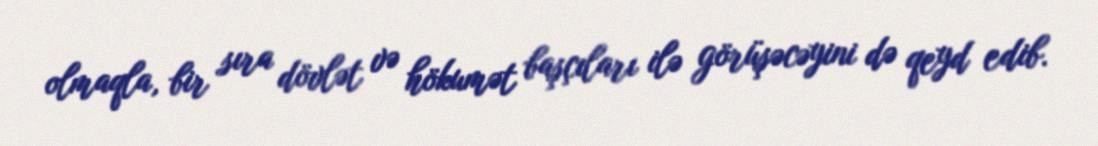
olmaqla, bir sıra dövlət və hökumət başçıları ilə görüşəcəyini də qeyd edib.